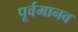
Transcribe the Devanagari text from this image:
पूर्वमानव